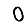
Digit: 0